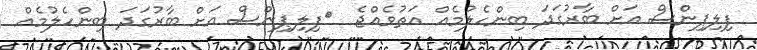
ފިލިޕިންސް އަށް ބާރުގަދަ ބިންހެލުމެއް އަތުވެއްޖެ  	ފިލިޕިންސް އަށް ބާރުގަދަ ބިންހެލުމެއް